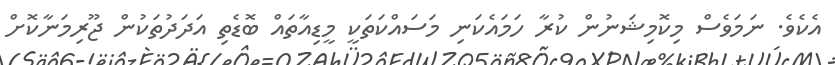
އެކެވެ. ނަމަވެސް މިކޮމިޝަނުން ކުރާ ހަމައެކަނި މަސައްކަތަކީ މީޑިއާތައް ބޮޑެތި އަދަދުތަކުން ޖޫރިމަނާކޮށް